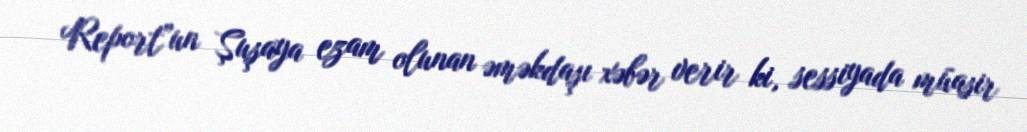
Report"un Şuşaya ezam olunan əməkdaşı xəbər verir ki, sessiyada müasir